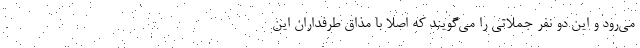
می‌رود و این دو نفر جملاتی را می‌گویند که اصلا با مذاق طرفداران این